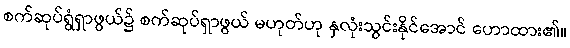
စက်ဆုပ်ရွံရှာဖွယ်၌ စက်ဆုပ်ရှာဖွယ် မဟုတ်ဟု နှလုံးသွင်းနိုင်အောင် ဟောထား၏။